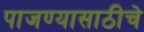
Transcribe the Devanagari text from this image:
पाजण्यासाठीचे